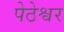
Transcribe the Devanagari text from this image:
पेठेश्वर